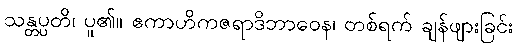
သန္တပ္ပတိ၊ ပူ၏။ ဧကာဟိကဇရာဒိဘာဝေန၊ တစ်ရက် ချန်ဖျားခြင်း